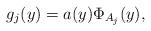
LaTeX: \begin{align*}g_j(y) = a(y) \Phi_{A_j}(y),\end{align*}